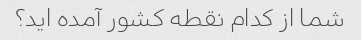
شما از کدام نقطه کشور آمده اید؟